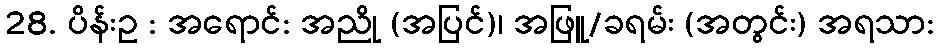
28. ပိန်းဥ : အရောင်: အညို (အပြင်)၊ အဖြူ/ခရမ်း (အတွင်း) အရသာ: